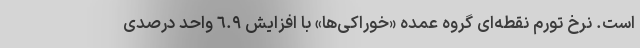
است. نرخ تورم نقطه‌ای گروه عمده «خوراکی‌ها» با افزایش ٦.٩ واحد درصدی